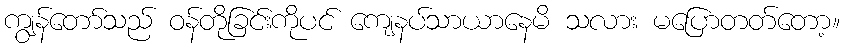
ကျွန်တော်သည် ဝန်တိုခြင်းကိုပင် ကျေနပ်သာယာနေမိ သလား မပြောတတ်တော့။